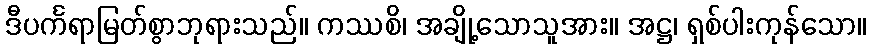
ဒီပင်္ကရာမြတ်စွာဘုရားသည်။ ကဿစိ၊ အချို့သောသူအား။ အဋ္ဌ၊ ရှစ်ပါးကုန်သော။